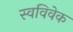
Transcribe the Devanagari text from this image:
स्‍वविवेक